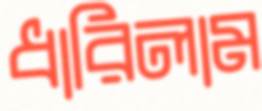
ধারিলাম